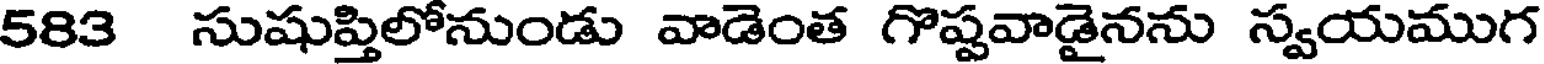
583 సుషుప్తిలోనుండు వాడెంత గొష్టవాడైనను స్వయముగ